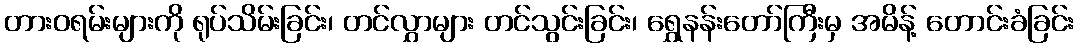
တားဝရမ်းများကို ရုပ်သိမ်းခြင်း၊ တင်လွှာများ တင်သွင်းခြင်း၊ ရွှေနန်းတော်ကြီးမှ အမိန့် တောင်းခံခြင်း